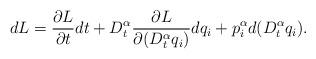
LaTeX: \begin{align*}dL=\frac{\partial L}{\partial t}dt+D_{t}^{\alpha}\frac{\partial L}{\partial(D_{t}^{\alpha}q_{i})}dq_{i}+p_{i}^{\alpha}d(D_{t}^{\alpha}q_{i}).\end{align*}